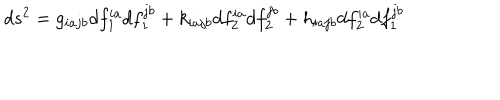
LaTeX: d s ^ { 2 } = g _ { i a j b } d f _ { 1 } ^ { i a } d f _ { 1 } ^ { j b } + k _ { i a j b } d f _ { 2 } ^ { i a } d f _ { 2 } ^ { j b } + h _ { i a j b } d f _ { 2 } ^ { i a } d f _ { 1 } ^ { j b }